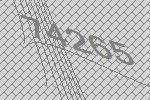
74265